Civil Veterinary Department Bengal reports 1933-51 - 1933-1951
Year: 1933
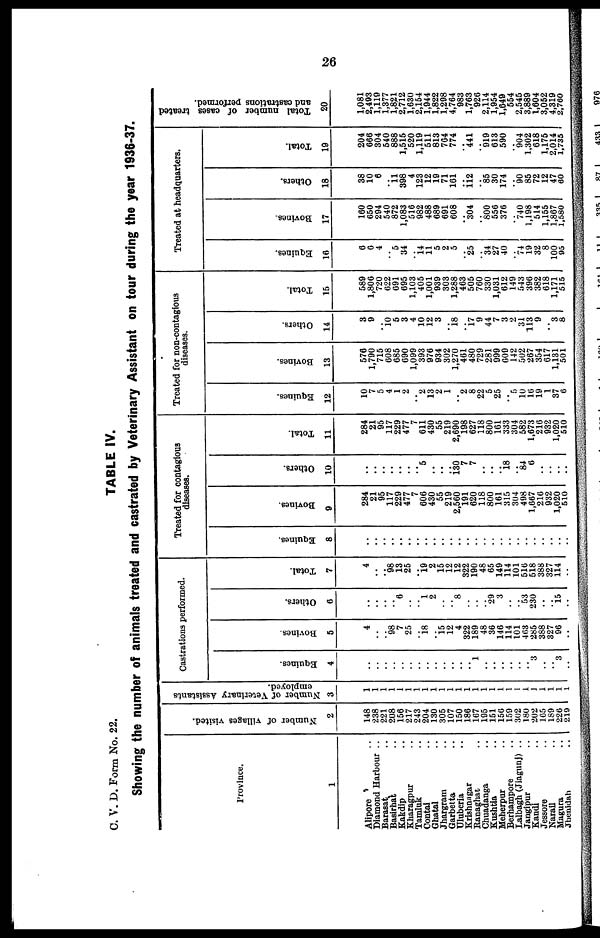
26
C. V. D. Form No. 22.
TABLE IV.
Showing the number of animals treated and castrated by Veterinary Assistant on tour during the year 1936-37.
Province.
1
Alipore ..
Diamond Harbour ..
Barasat ..
Basirhat ..
Kakdip ..
Kharagpur ..
Tamluk ..
Contai ..
Ghatal ..
Jhargram ..
Garbetta ..
Uluberia ..
Krishna gar
Ranaghat ..
Chuadanga ..
Kushtia ..
Meherpur ..
Berhampore ..
Lalbagh (Jiagunj) ..
Jangipur ..
Kandi ..
Jessore ..
Narail ..
Magura ..
Jhenidah ..
Number of villages visited.
2
148
238
221
208
156
217
243
204
130
305
107
150
186
167
195
151
156
159
302
180
202
165
189
226
219
Number of Veterinary Assistants
employed.
3
1
1
1
1
i
1
1
1
1
1
1
1
1
1
1
1
1
1
1
1
1
1
1
1
1
Castrations performed.
Equines.
4
..
..
..
..
..
..
..
..
..
..
..
..
.. 1
..
..
..
..
..
.. 3
..
.. 3
..
Bovines.
5
4
..
.. 98
7
25
.. 18
.. 15 12
4
322
189
48
36
146
114
101
463
285
388
327
96
..
Others.
6
..
..
..
.. 6
..
.. 1
2
..
.. 8
..
..
.. 29
3
..
.. 53
230
..
.. 15
..
Total.
7
4
..
.. 98
13
25
.. 19
2
15
12
12
322
190
48
65
149
114
101
516
518
388
327
114
..
Treated for contagious
diseases.
Equines.
8
..
..
..
..
..
..
..
..
..
..
..
..
..
..
..
..
..
..
..
..
..
..
..
.. ..
Bovines.
9
284
21
95
117
229
477
7
606
430
55
219
2,560
191
620
118
800
161
315
304
498
1,667
216
932
1,020
510
Others.
10
..
..
..
.. ..
..
.. 5
..
..
.. 130
7
7
..
..
.. 18
.. 84
6
..
.. ..
..
Total.
11
284
21
95
117
229
477
7
611
430
55
219
2,690
198
627
118
800
161
333
304
582
1,673
216
932
1,020
510
Treated for non-contagious
diseases.
Equines.
12
10
7
5
4
1
2
.. 2
13
2
1
.. 2
8
22
5
25
.. 5
10
16
19
1
37
6
Bovines.
13
576
1,790
715
608
685
690
1,099
393
976
934
302
1,270
461
480
729
281
999
609
142
502
267
354
617
1,131
501
Others.
14
3
9
.. 10
5
3
4
10
12
3
.. 18
.. 17
9
44
7
3
2
31
113
9
.. 3
8
Total.
15
589
1,806
720
622
691
695
1,103
405
1,001
939
303
1,288
463
505
760
330
1,031
612
149
543
396
382
618
1,171
515
Treated at headquarters.
Equines.
16
6
6
4
.. 5
34
.. 14
11
5
2
5
.. 25
.. 34
27
40
.. 74
19
32
8
100
95
Bovines.
17
160
650
294
540
872
1,083
516
982
488
689
691
608
.. 304
.. 800
556
376
.. 740
1,198
514
1,155
1,867
1,580
Others.
18
38
10
6
.. 11
398
4
123
12
19
71
161
.. 112
.. 85
30
174
.. 90
85
72
12
47
60
Total.
19
204
666
304
540
888
1,515
520
1,119
511
813
764
774
.. 441
.. 919
613
590
.. 904
1,302
618
1,175
2,014
1,735
Total number of cases treated
and castrations performed.
20
1,081
2,493
1,119
1,377
1,821
2,712
1,630
2,154
1,944
1,822
1,298
4,764
983
1,763
926
2,114
1,954
1,649
554
2,545
3,889
1,604
3,052
4,319
2,760